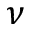
\nu